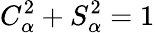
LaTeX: C_{\alpha}^{2}+S_{\alpha}^{2}=1